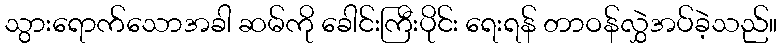
သွားရောက်သောအခါ ဆမ်ကို ခေါင်းကြီးပိုင်း ရေးရန် တာဝန်လွှဲအပ်ခဲ့သည်။